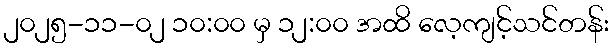
၂၀၂၅-၁၁-၀၂ ၁၀:၀၀ မှ ၁၂:၀၀ အထိ လေ့ကျင့်သင်တန်း